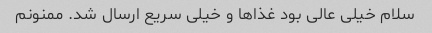
سلام خیلی عالی بود غذاها و خیلی سریع ارسال شد. ممنونم